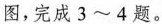
图，完成3~4题。